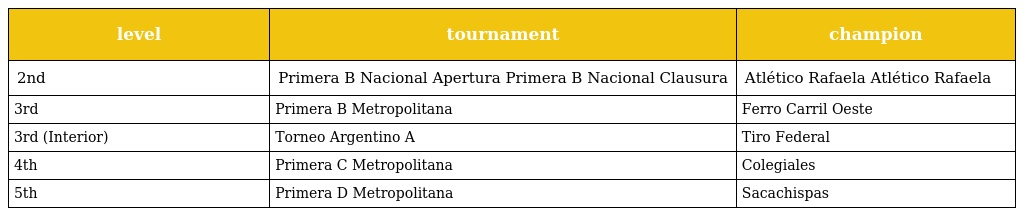
| level | tournament | champion |
 | --- | --- | --- |
 | 2nd | Primera B Nacional Apertura Primera B Nacional Clausura | Atlético Rafaela Atlético Rafaela |
 | 3rd | Primera B Metropolitana | Ferro Carril Oeste |
 | 3rd (Interior) | Torneo Argentino A | Tiro Federal |
 | 4th | Primera C Metropolitana | Colegiales |
 | 5th | Primera D Metropolitana | Sacachispas |